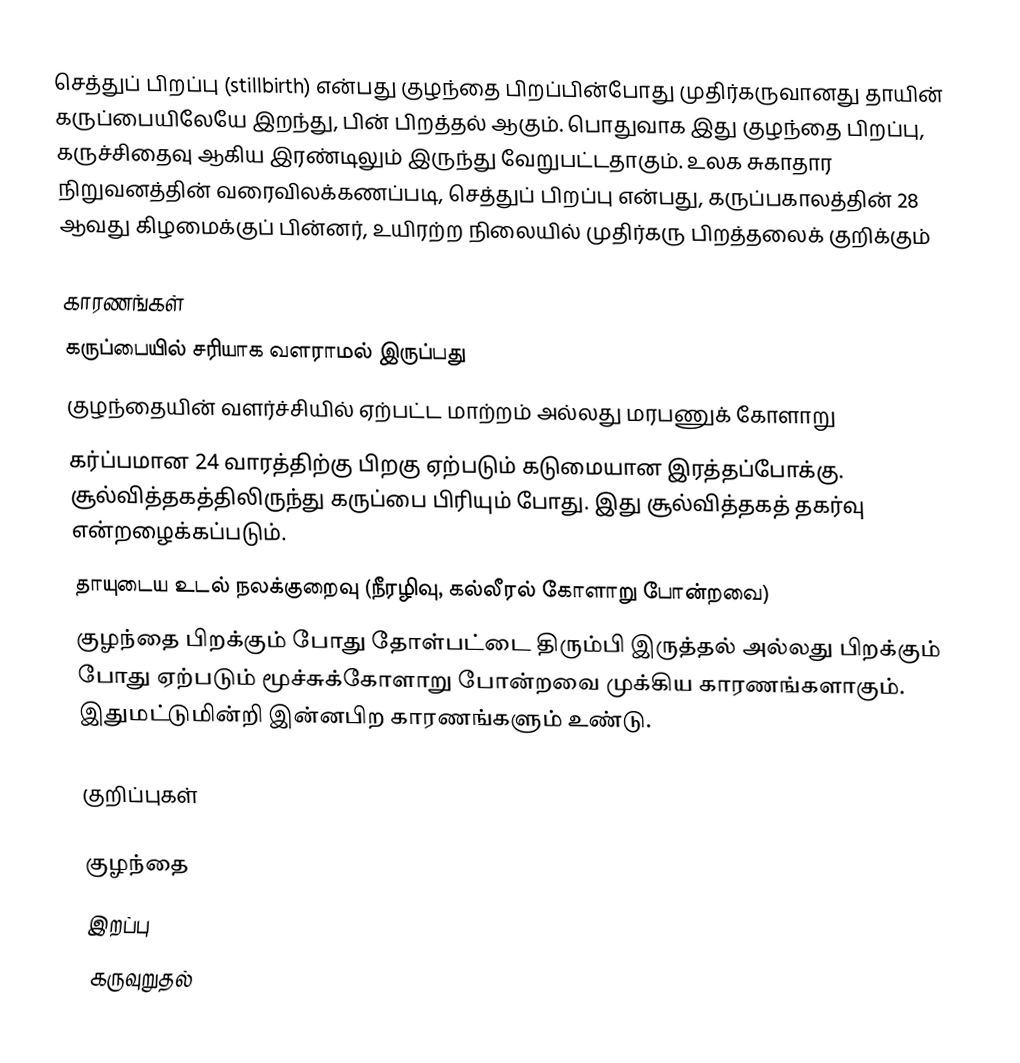
செத்துப் பிறப்பு (stillbirth) என்பது குழந்தை பிறப்பின்போது முதிர்கருவானது தாயின் கருப்பையிலேயே இறந்து, பின் பிறத்தல் ஆகும். பொதுவாக இது குழந்தை பிறப்பு, கருச்சிதைவு ஆகிய இரண்டிலும் இருந்து வேறுபட்டதாகும். உலக சுகாதார நிறுவனத்தின் வரைவிலக்கணப்படி, செத்துப் பிறப்பு என்பது, கருப்பகாலத்தின் 28 ஆவது கிழமைக்குப் பின்னர், உயிரற்ற நிலையில் முதிர்கரு பிறத்தலைக் குறிக்கும்

காரணங்கள்
 கருப்பையில் சரியாக வளராமல் இருப்பது
 குழந்தையின் வளர்ச்சியில் ஏற்பட்ட மாற்றம் அல்லது மரபணுக் கோளாறு
 கர்ப்பமான 24 வாரத்திற்கு பிறகு ஏற்படும் கடுமையான இரத்தப்போக்கு. சூல்வித்தகத்திலிருந்து கருப்பை பிரியும் போது. இது சூல்வித்தகத் தகர்வு என்றழைக்கப்படும்.
 தாயுடைய உடல் நலக்குறைவு (நீரழிவு, கல்லீரல் கோளாறு போன்றவை)
 குழந்தை பிறக்கும் போது தோள்பட்டை திரும்பி இருத்தல் அல்லது பிறக்கும் போது ஏற்படும் மூச்சுக்கோளாறு போன்றவை முக்கிய காரணங்களாகும். இதுமட்டுமின்றி இன்னபிற காரணங்களும் உண்டு.

குறிப்புகள்

குழந்தை
இறப்பு
கருவுறுதல்